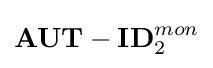
\mathbf {AUT-ID} _{2}^{mon}